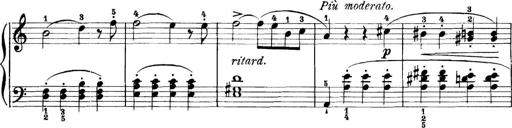
Title: 11 Sonatinas
Composer: Anton Diabelli